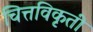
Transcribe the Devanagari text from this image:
चित्तविकृती